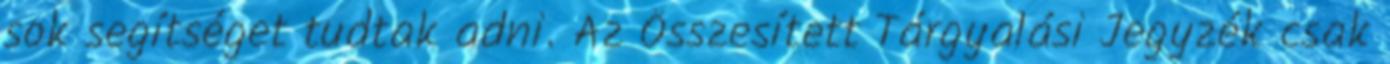
sok segítséget tudtak adni. Az Összesített Tárgyalási Jegyzék csak